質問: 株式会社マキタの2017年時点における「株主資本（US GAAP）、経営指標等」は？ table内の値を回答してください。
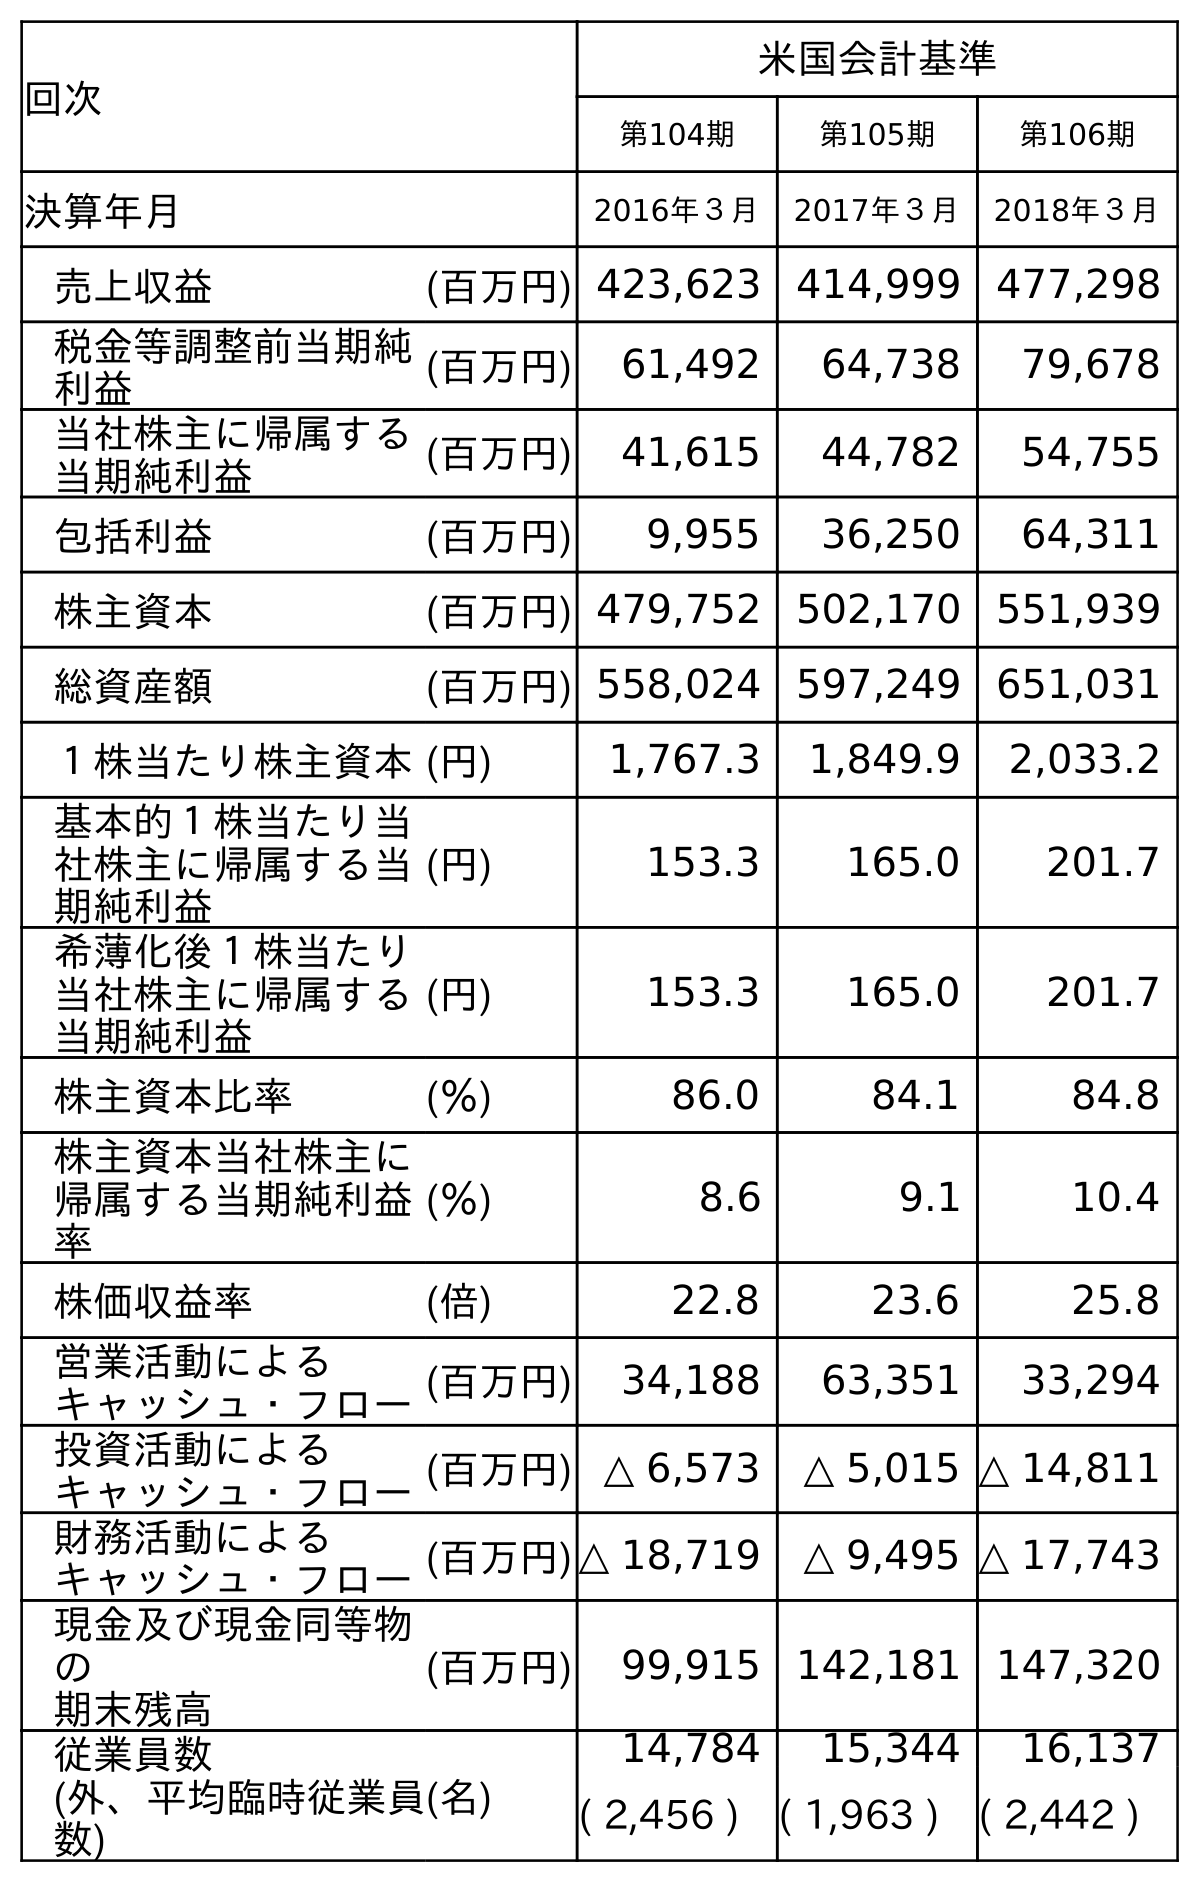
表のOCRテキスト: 回次 米国会計基準 第104期 第105期 第106期 決算年月 2016年３月 2017年３月 2018年３月 売上収益 (百万円) 423,623 414,999 477,298 税金等調整前当期純 利益 (百万円) 61,492 64,738 79,678 当社株主に帰属する 当期純利益 (百万円) 41,615 44,782 54,755 包括利益 (百万円) 9,955 36,250 64,311 株主資本 (百万円) 479,752 502,170 551,939 総資産額 (百万円) 558,024 597,249 651,031 １株当たり株主資本(円) 1,767.3 1,849.9 2,033.2 基本的１株当たり当 社株主に帰属する当 期純利益 (円) 153.3 165.0 201.7 希薄化後１株当たり 当社株主に帰属する 当期純利益 (円) 153.3 165.0 201.7 株主資本比率 (％) 86.0 84.1 84.8 株主資本当社株主に 帰属する当期純利益 率 (％) 8.6 9.1 10.4 株価収益率 (倍) 22.8 23.6 25.8 営業活動による キャッシュ・フロー(百万円) 34,188 63,351 33,294 投資活動による キャッシュ・フロー(百万円) △ 6,573 △ 5,015 △ 14,811 財務活動による キャッシュ・フロー(百万円)△ 18,719 △ 9,495 △ 17,743 現金及び現金同等物 の 期末残高 (百万円) 99,915 142,181 147,320 従業員数 (外、平均臨時従業員 数) (名) 14,784 15,344 16,137 ( 2,456 ) ( 1,963 ) ( 2,442 )
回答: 502,170